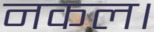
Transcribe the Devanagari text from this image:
नकल।